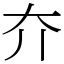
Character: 夰